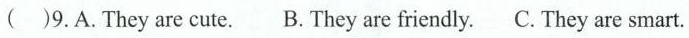
( )9.A.They are cute. B. They are friendly. C. They are smart.